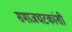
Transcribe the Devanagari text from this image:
समाजघटकांशी